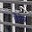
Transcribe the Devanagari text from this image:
कैरेस